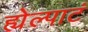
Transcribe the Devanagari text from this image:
ह्येल्पाटं